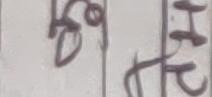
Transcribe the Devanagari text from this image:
के इ २ पट